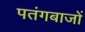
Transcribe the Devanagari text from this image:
पतंगबाजों